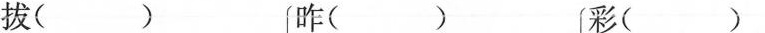
拔( ) [咋( 彩()